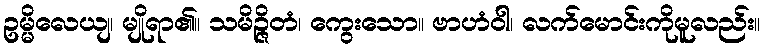
ဥမ္မိလေယျ၊ မျိုရာ၏။ သမိဉ္ဇိတံ၊ ကွေးသော။ ဗာဟံဝါ၊ လက်မောင်းကိုမူလည်း။